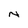
Character: N